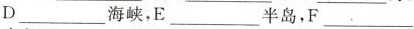
D_______海峡，E________半岛，F________